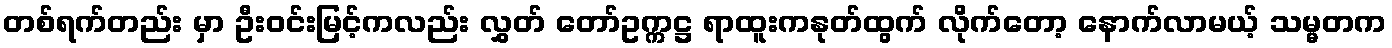
တစ်ရက်တည်း မှာ ဦးဝင်းမြင့်ကလည်း လွှတ် တော်ဥက္ကဋ္ဌ ရာထူးကနုတ်ထွက် လိုက်တော့ နောက်လာမယ့် သမ္မတက